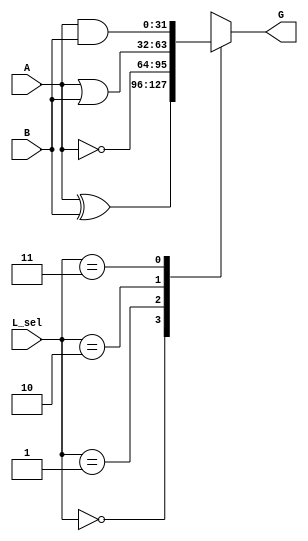
module logical_unit (
    input [1:0] L_sel,
    input [31:0] A,
    input [31:0] B,
    output reg [31:0] G
);

    parameter 
    XOR = 2'b00,
    NOT = 2'b01,
    OR = 2'b10,
    AND = 2'b11;
    wire [31:0] AandB, AorB, AxorB, Anot;
    assign AandB = A&B;
    assign AorB = A|B;
    assign AxorB = A^B;
    assign Anot = ~A;
    always @(*) begin
        case(L_sel)
        XOR: G = AxorB;
        NOT: G = Anot;
        OR: G = AorB;
        AND: G = AandB;
        endcase
    end

endmodule